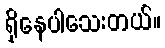
ရှိနေပါသေးတယ်။